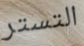
التستر